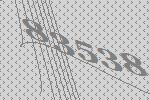
83538